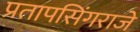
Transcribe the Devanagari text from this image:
प्रतापसिंगराजे